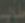
طاب